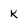
Character: K